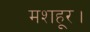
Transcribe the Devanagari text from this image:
मशहूर।